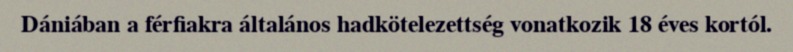
Dániában a férfiakra általános hadkötelezettség vonatkozik 18 éves kortól.